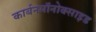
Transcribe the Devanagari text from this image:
कार्बनमॉनोक्साइड